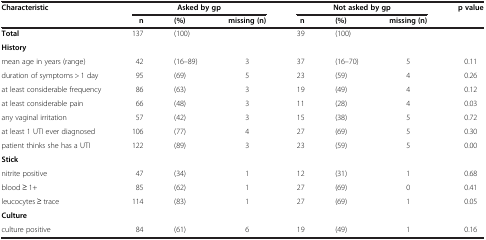
<table><thead><tr><td><b>Characteristic</b></td><td colspan="3"><b>Asked by gp</b></td><td colspan="3"><b>Not asked by gp</b></td><td><b>p value</b></td></tr></thead><tbody><tr><td> </td><td><b>n</b></td><td><b>(%)</b></td><td><b>missing (n)</b></td><td><b>n</b></td><td><b>(%)</b></td><td><b>missing (n)</b></td><td> </td></tr><tr><td><b>Total</b></td><td>137</td><td>(100)</td><td> </td><td>39</td><td>(100)</td><td> </td><td> </td></tr><tr><td><b>History</b></td><td> </td><td> </td><td> </td><td> </td><td> </td><td> </td><td> </td></tr><tr><td>mean age in years (range)</td><td>42</td><td>(16–89)</td><td>3</td><td>37</td><td>(16–70)</td><td>5</td><td>0.11</td></tr><tr><td>duration of symptoms &gt; 1 day</td><td>95</td><td>(69)</td><td>5</td><td>23</td><td>(59)</td><td>4</td><td>0.26</td></tr><tr><td>at least considerable frequency</td><td>86</td><td>(63)</td><td>3</td><td>19</td><td>(49)</td><td>4</td><td>0.12</td></tr><tr><td>at least considerable pain</td><td>66</td><td>(48)</td><td>3</td><td>11</td><td>(28)</td><td>4</td><td>0.03</td></tr><tr><td>any vaginal irritation</td><td>57</td><td>(42)</td><td>3</td><td>15</td><td>(38)</td><td>5</td><td>0.72</td></tr><tr><td>at least 1 UTI ever diagnosed</td><td>106</td><td>(77)</td><td>4</td><td>27</td><td>(69)</td><td>5</td><td>0.30</td></tr><tr><td>patient thinks she has a UTI</td><td>122</td><td>(89)</td><td>3</td><td>23</td><td>(59)</td><td>5</td><td>0.00</td></tr><tr><td><b>Stick</b></td><td> </td><td> </td><td> </td><td> </td><td> </td><td> </td><td> </td></tr><tr><td>nitrite positive</td><td>47</td><td>(34)</td><td>1</td><td>12</td><td>(31)</td><td>1</td><td>0.68</td></tr><tr><td>blood ≥ 1+</td><td>85</td><td>(62)</td><td>1</td><td>27</td><td>(69)</td><td>0</td><td>0.41</td></tr><tr><td>leucocytes ≥ trace</td><td>114</td><td>(83)</td><td>1</td><td>27</td><td>(69)</td><td>1</td><td>0.05</td></tr><tr><td><b>Culture</b></td><td> </td><td> </td><td> </td><td> </td><td> </td><td> </td><td> </td></tr><tr><td>culture positive</td><td>84</td><td>(61)</td><td>6</td><td>19</td><td>(49)</td><td>1</td><td>0.16</td></tr></tbody></table>